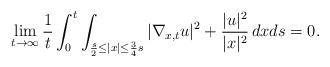
LaTeX: \begin{align*}\lim_{t\to \infty}\frac{1}{t}\int_0^t\int_{\frac{s}{2}\leq |x|\leq \frac{3}{4}s}|\nabla_{x,t} u|^2+\frac{|u|^2}{|x|^2}\,dxds=0.\end{align*}